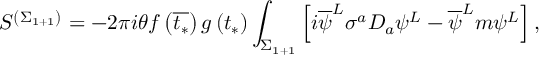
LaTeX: S ^ { \left( \Sigma _ { 1 + 1 } \right) } = - 2 \pi i \theta f \left( \overline { { { t _ { * } } } } \right) g \left( t _ { * } \right) \int _ { \Sigma _ { 1 + 1 } } \left[ i \overline { { { \psi } } } ^ { L } \sigma ^ { a } D _ { a } \psi ^ { L } - \overline { { { \psi } } } ^ { L } m \psi ^ { L } \right] ,